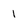
Character: 1